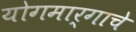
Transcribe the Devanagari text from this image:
योगमार्गाचे